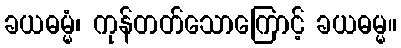
ခယဓမ္မံ၊ ကုန်တတ်သောကြောင့် ခယဓမ္မ။